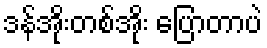
ဒန်အိုးတစ်အိုး ပြောတာပဲ